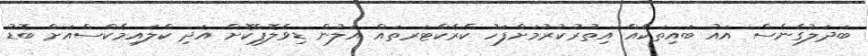
ބަދަލުގެނެސް އައު ބައިތަކެއް އިތުރުކުރުމަށްފަހު ކެރެކްޓަރތައް އަލުން ޑިވެލޮޕްކޮށް އަދި ކްލައިމެކްސްއަށް ބޮޑު